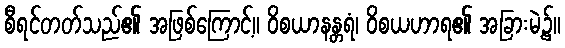
စီရင်တတ်သည်၏ အဖြစ်ကြောင့်။ ဝိစယာနန္တရံ၊ ဝိစယဟာရ၏ အခြားမဲ့၌။